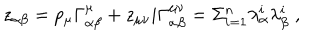
z _ { \alpha \beta } = p _ { \mu } \Gamma _ { \alpha \beta } ^ { \mu } + z _ { \mu \nu } i \Gamma _ { \alpha \beta } ^ { \mu \nu } = \Sigma _ { i = 1 } ^ { n } \lambda _ { \alpha } ^ { i } \lambda _ { \beta } ^ { i } \; ,